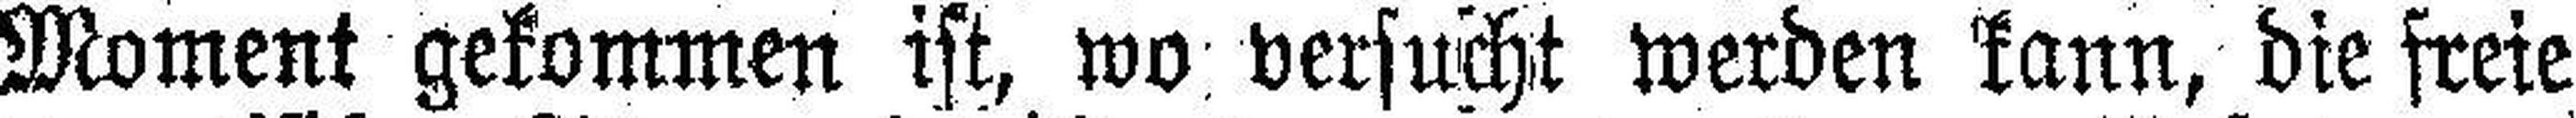
Moment gekommen ist, wo versucht werden kann, die freie